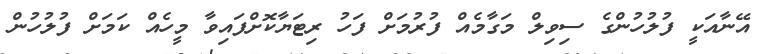
އޭނާއަކީ ފުލުހުންގެ ސިވިލް މަގާމެއް ފުރުމަށް ފަހު ރިޓަޔާކޮށްފައިވާ މީހެއް ކަމަށް ފުލުހުން